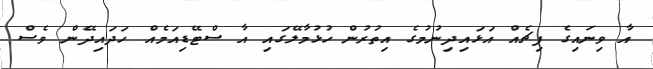
އާ ވިނައިގެ ޕިޗެއް އަޅައިދިނުމުގެ އިތުރުން ހުޅުމާލޭގައި އާ ސްޓޭޑިއަމެއް ހަދައިދޭން ވެސް